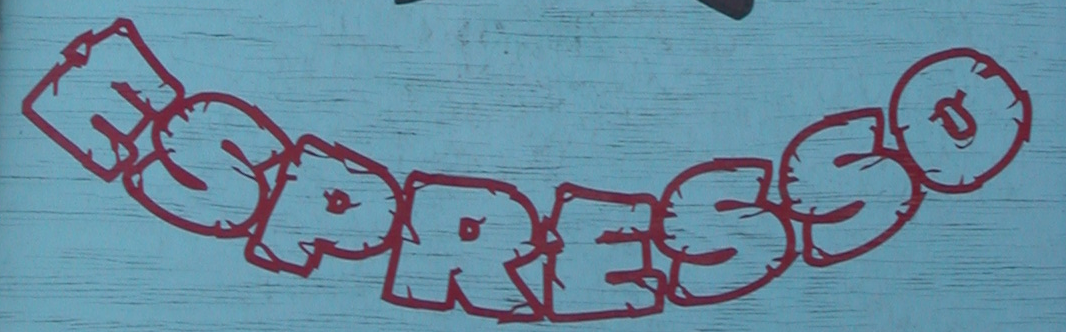
ESPRESSO